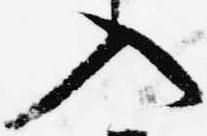
入